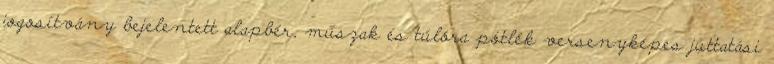
jogosítvány bejelentett alapbér, műszak és túlóra pótlék versenyképes juttatási